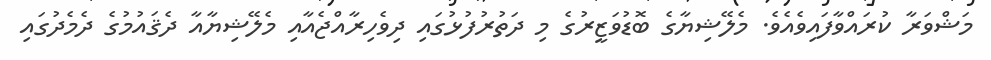
މަޝްވަރާ ކުރައްވާފައިވެއެވެ. މެލޭޝިޔާގެ ބޮޑުވަޒީރުގެ މި ދަތުރުފުޅުގައި ދިވެހިރާއްޖެއާއި މެލޭޝިޔާއާ ދެޤައުމުގެ ދެމެދުގައި